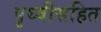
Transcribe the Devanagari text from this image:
पृथ्वीसहित